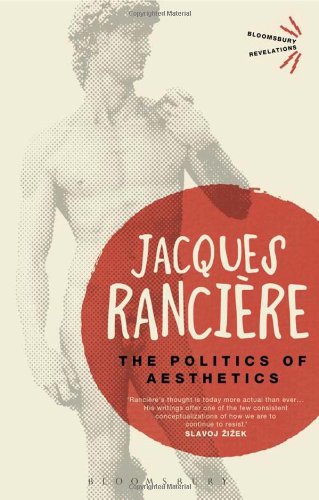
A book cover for The Politics of Aesthetics (Bloomsbury Revelations); Jacques RanciÃ¨re; Politics & Social Sciences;